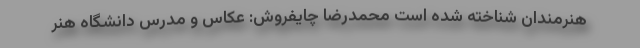
هنرمندان شناخته شده است محمدرضا چایفروش: عکاس و مدرس دانشگاه هنر